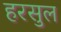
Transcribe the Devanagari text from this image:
हरसुल